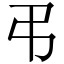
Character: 弔